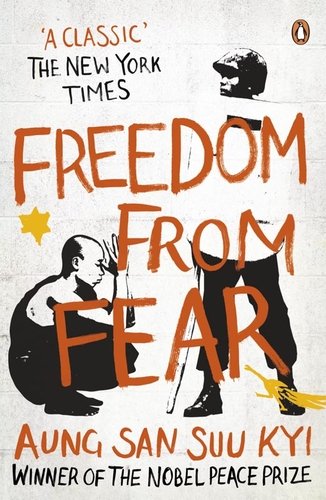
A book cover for Freedom from Fear: And Other Writings; Aung San Suu Kyi; Literature & Fiction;